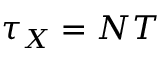
\tau _ { X } = N T